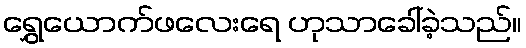
ရွှေယောက်ဖလေးရေ ဟုသာခေါ်ခဲ့သည်။